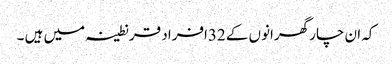
کہ ان چار گھرانوں کے 32افراد قرنطینہ میں ہیں ۔